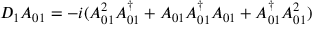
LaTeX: D _ { 1 } A _ { 0 1 } = - i ( A _ { 0 1 } ^ { 2 } A _ { 0 1 } ^ { \dag } + A _ { 0 1 } A _ { 0 1 } ^ { \dag } A _ { 0 1 } + A _ { 0 1 } ^ { \dag } A _ { 0 1 } ^ { 2 } )